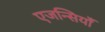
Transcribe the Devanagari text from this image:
एजन्सियाँ